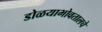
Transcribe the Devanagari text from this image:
डोळयाभोवतालचे